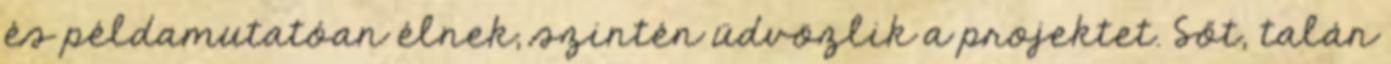
és példamutatóan élnek, szintén üdvözlik a projektet. Sőt, talán